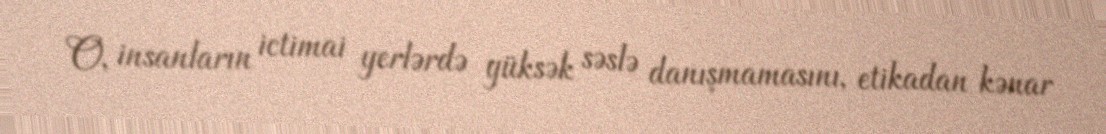
O, insanların ictimai yerlərdə yüksək səslə danışmamasını, etikadan kənar